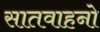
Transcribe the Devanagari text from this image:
सातवाहनो